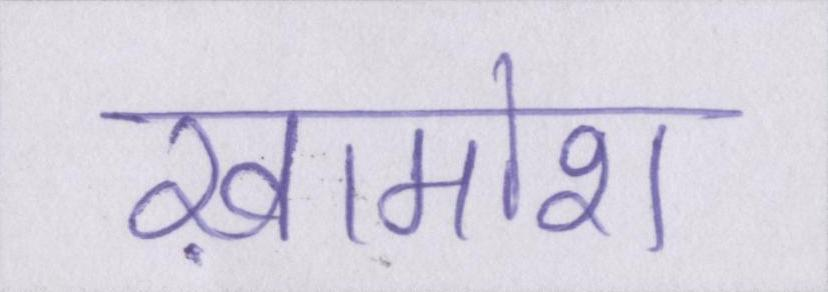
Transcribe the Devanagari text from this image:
ख़ामोश